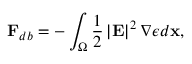
\mathbf { F } _ { d b } = - \int _ { \Omega } \frac { 1 } { 2 } \left| \mathbf { E } \right| ^ { 2 } \nabla \epsilon d \mathbf { x } ,